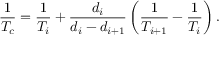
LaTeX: { \frac { 1 } { T _ { c } } } = { \frac { 1 } { T _ { i } } } + { \frac { d _ { i } } { d _ { i } - d _ { i + 1 } } } \left( { \frac { 1 } { T _ { i + 1 } } } - { \frac { 1 } { T _ { i } } } \right) .